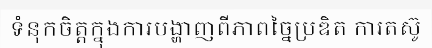
ទំនុកចិត្តក្នុងការបង្ហាញពីភាពច្នៃប្រឌិត ការតស៊ូ